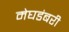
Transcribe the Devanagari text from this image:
मेघडंबरी